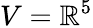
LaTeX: V=\mathbb{R}^{5}